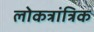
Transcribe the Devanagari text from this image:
लोकत्रांत्रिक